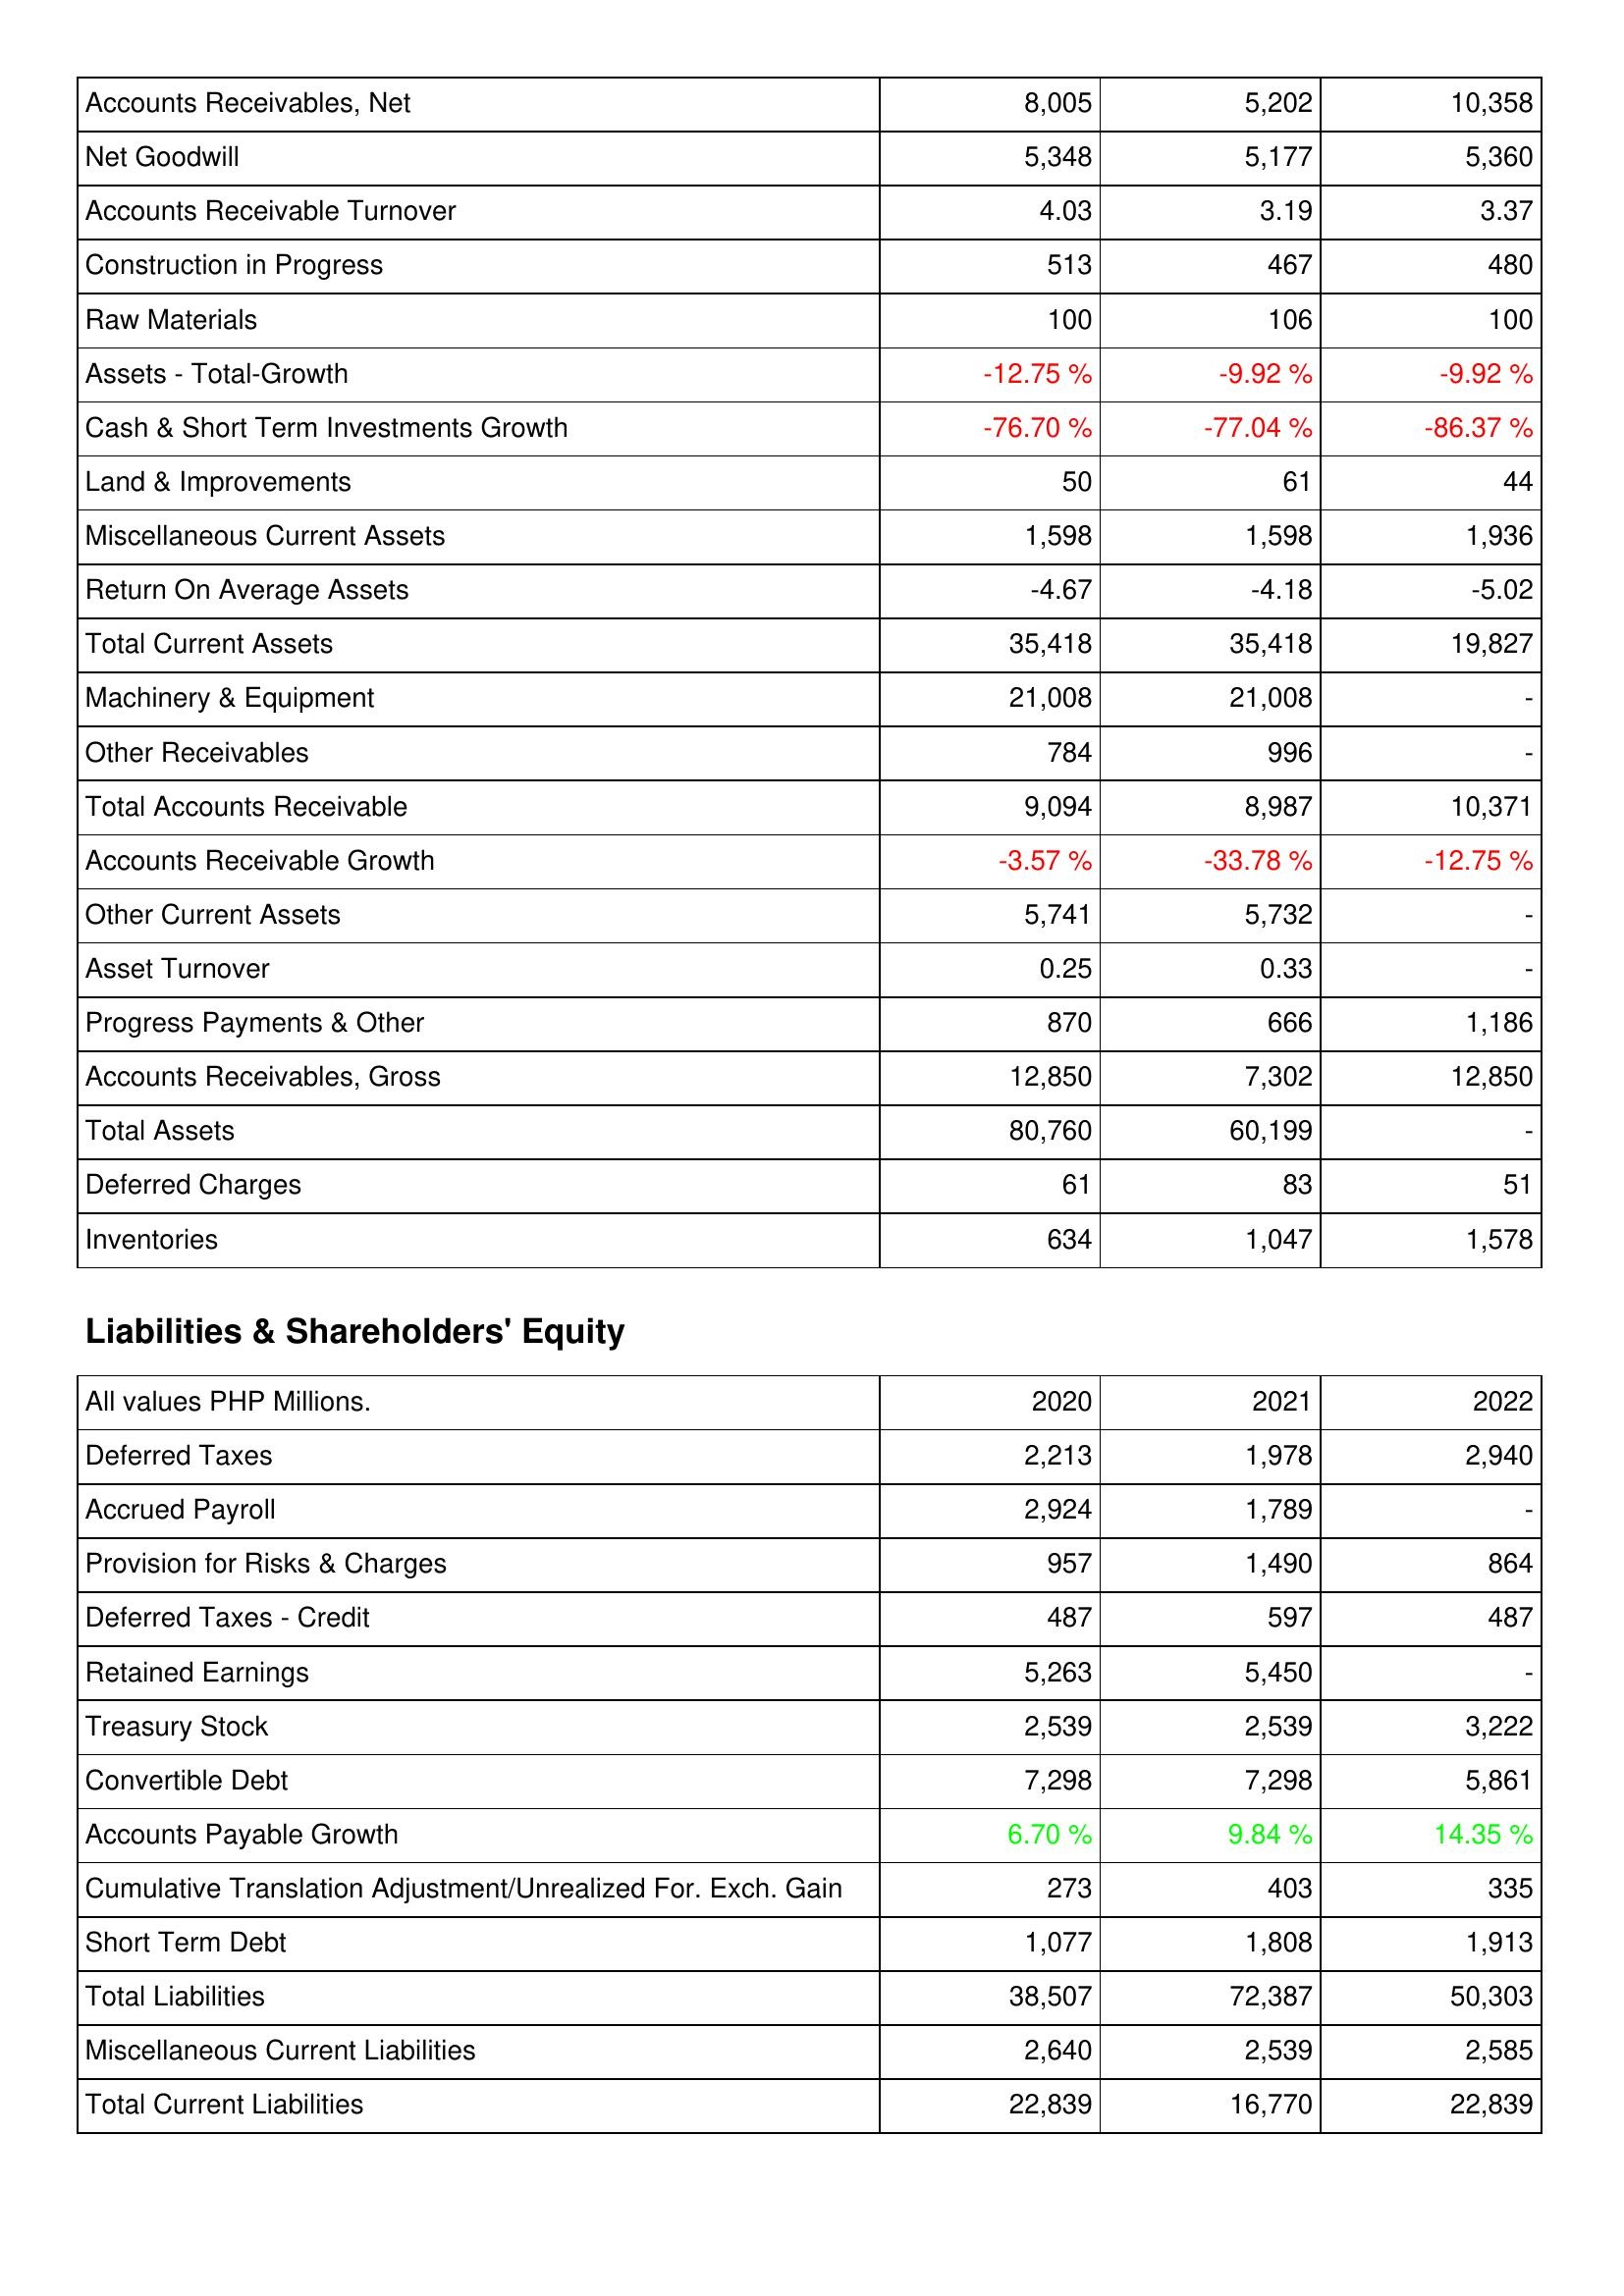
2020: Assets: Accounts Receivables, Net: 8,005
Net Goodwill: 5,348
Accounts Receivable Turnover: 4.03
Construction in Progress: 513
Raw Materials: 100
Assets - Total-Growth: -12.75 %
Cash & Short Term Investments Growth: -76.70 %
Land & Improvements: 50
Miscellaneous Current Assets: 1,598
Return On Average Assets: -4.67
Total Current Assets: 35,418
Machinery & Equipment: 21,008
Other Receivables: 784
Total Accounts Receivable: 9,094
Accounts Receivable Growth: -3.57 %
Other Current Assets: 5,741
Asset Turnover: 0.25
Progress Payments & Other: 870
Accounts Receivables, Gross: 12,850
Total Assets: 80,760
Deferred Charges: 61
Inventories: 634
Liabilities & Shareholders' Equity: Deferred Taxes: 2,213
Accrued Payroll: 2,924
Provision for Risks & Charges: 957
Deferred Taxes - Credit: 487
Retained Earnings: 5,263
Treasury Stock: 2,539
Convertible Debt: 7,298
Accounts Payable Growth: 6.70 %
Cumulative Translation Adjustment/Unrealized For. Exch. Gain: 273
Short Term Debt: 1,077
Total Liabilities: 38,507
Miscellaneous Current Liabilities: 2,640
Total Current Liabilities: 22,839
2021: Assets: Accounts Receivables, Net: 5,202
Net Goodwill: 5,177
Accounts Receivable Turnover: 3.19
Construction in Progress: 467
Raw Materials: 106
Assets - Total-Growth: -9.92 %
Cash & Short Term Investments Growth: -77.04 %
Land & Improvements: 61
Miscellaneous Current Assets: 1,598
Return On Average Assets: -4.18
Total Current Assets: 35,418
Machinery & Equipment: 21,008
Other Receivables: 996
Total Accounts Receivable: 8,987
Accounts Receivable Growth: -33.78 %
Other Current Assets: 5,732
Asset Turnover: 0.33
Progress Payments & Other: 666
Accounts Receivables, Gross: 7,302
Total Assets: 60,199
Deferred Charges: 83
Inventories: 1,047
Liabilities & Shareholders' Equity: Deferred Taxes: 1,978
Accrued Payroll: 1,789
Provision for Risks & Charges: 1,490
Deferred Taxes - Credit: 597
Retained Earnings: 5,450
Treasury Stock: 2,539
Convertible Debt: 7,298
Accounts Payable Growth: 9.84 %
Cumulative Translation Adjustment/Unrealized For. Exch. Gain: 403
Short Term Debt: 1,808
Total Liabilities: 72,387
Miscellaneous Current Liabilities: 2,539
Total Current Liabilities: 16,770
2022: Assets: Accounts Receivables, Net: 10,358
Net Goodwill: 5,360
Accounts Receivable Turnover: 3.37
Construction in Progress: 480
Raw Materials: 100
Assets - Total-Growth: -9.92 %
Cash & Short Term Investments Growth: -86.37 %
Land & Improvements: 44
Miscellaneous Current Assets: 1,936
Return On Average Assets: -5.02
Total Current Assets: 19,827
Machinery & Equipment: -
Other Receivables: -
Total Accounts Receivable: 10,371
Accounts Receivable Growth: -12.75 %
Other Current Assets: -
Asset Turnover: -
Progress Payments & Other: 1,186
Accounts Receivables, Gross: 12,850
Total Assets: -
Deferred Charges: 51
Inventories: 1,578
Liabilities & Shareholders' Equity: Deferred Taxes: 2,940
Accrued Payroll: -
Provision for Risks & Charges: 864
Deferred Taxes - Credit: 487
Retained Earnings: -
Treasury Stock: 3,222
Convertible Debt: 5,861
Accounts Payable Growth: 14.35 %
Cumulative Translation Adjustment/Unrealized For. Exch. Gain: 335
Short Term Debt: 1,913
Total Liabilities: 50,303
Miscellaneous Current Liabilities: 2,585
Total Current Liabilities: 22,839